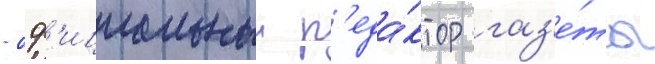
- оф'ициальныи р'еда́ктор газ'е́ты